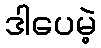
ဒါပေမဲ့